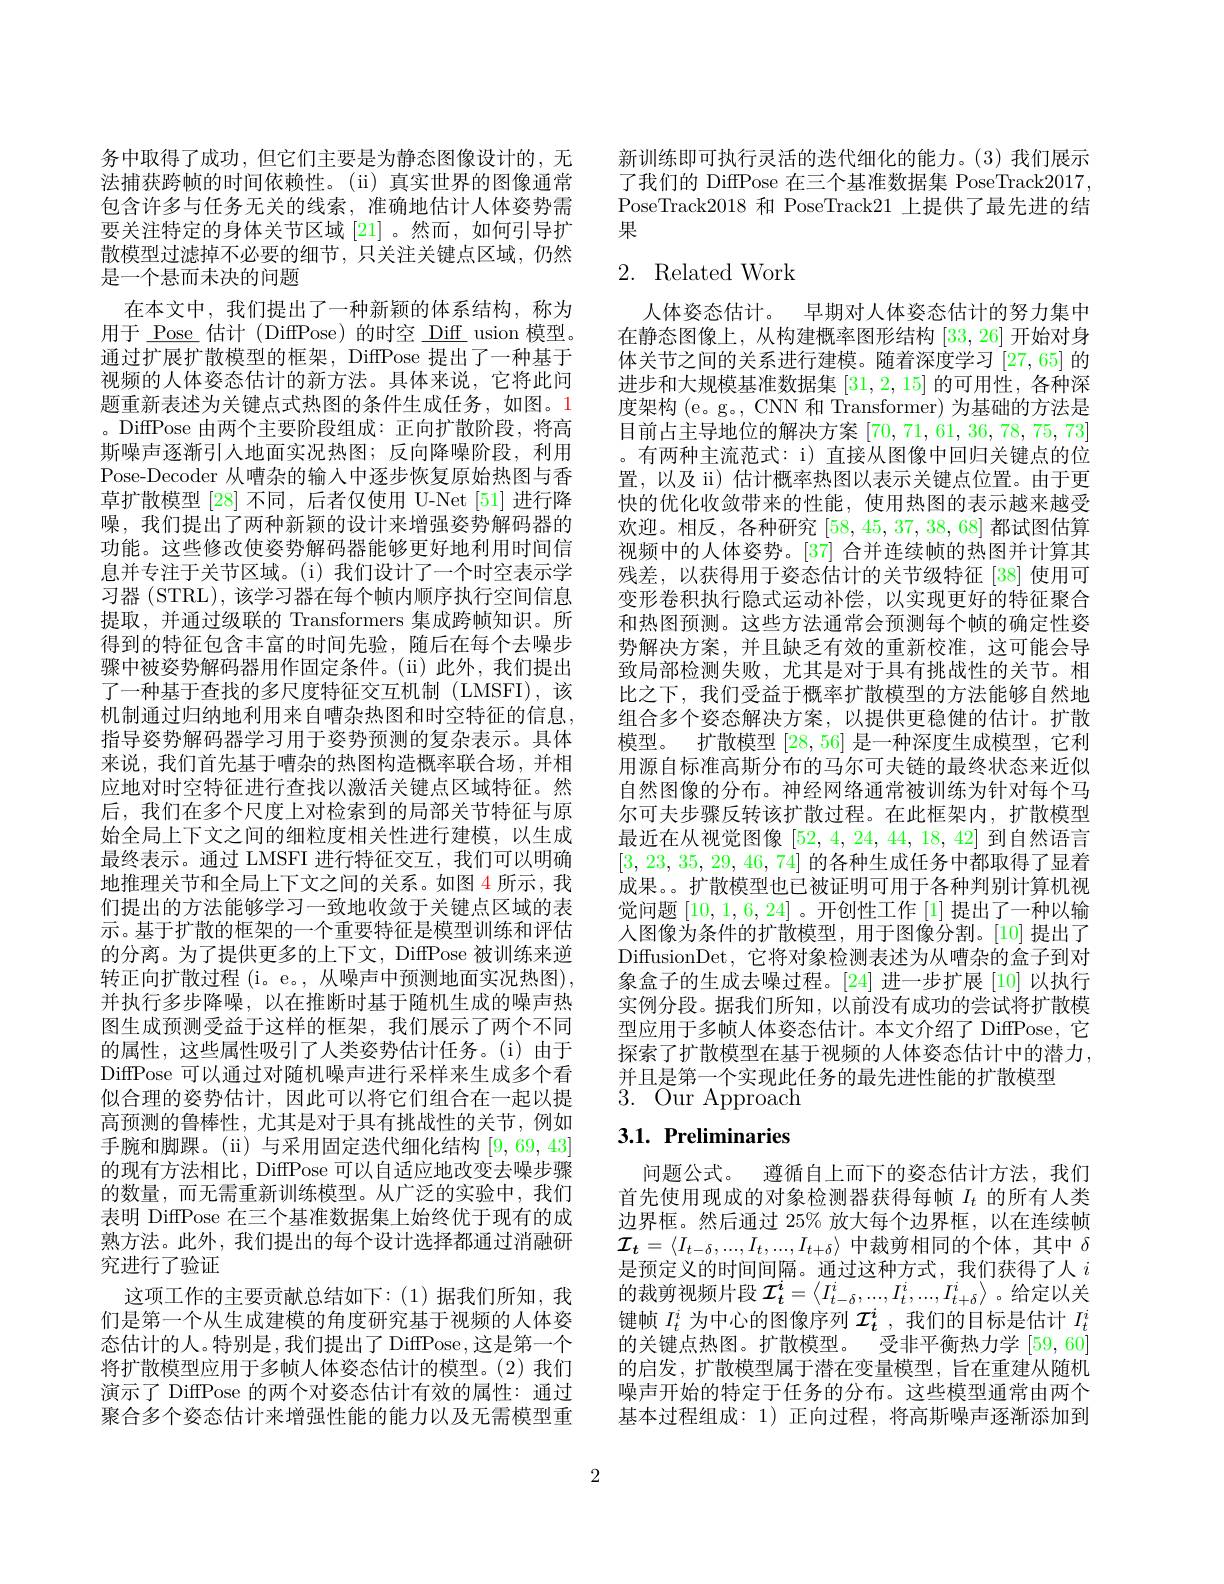
务中取得了成功，但它们主要是为静态图像设计的，无法捕获跨帧的时间依赖性。(ii) 真实世界的图像通常包含许多与任务无关的线索，准确地估计人体姿势需要关注特定的身体关节区域[21] 。然而，如何引导扩散模型过滤掉不必要的细节，只关注关键点区域，仍然是一个悬而未决的问题
在本文中，我们提出了一种新颖的体系结构，称为用于 $\underline{\mathrm{Pose~}}$估计(DiffPose)的时空 Diff usion 模型。通过扩展扩散模型的框架，DiffPose 提出了一种基于视频的人体姿态估计的新方法。具体来说，它将此问题重新表述为关键点式热图的条件生成任务，如图。1 。DiffPose 由两个主要阶段组成：正向扩散阶段，将高斯噪声逐渐引人地面实况热图；反向降噪阶段，利用Pose-Decoder 从嘈杂的输入中逐步恢复原始热图与香草扩散模型[28]不同，后者仅使用 U-Net [51] 进行降噪，我们提出了两种新颖的设计来增强姿势解码器的功能。这些修改使姿势解码器能够更好地利用时间信息并专注于关节区域。(i)我们设计了一个时空表示学习器 (STRL), 该学习器在每个帧内顺序执行空间信息提取，并通过级联的 Transformers 集成跨帧知识。所得到的特征包含丰富的时间先验，随后在每个去噪步骤中被姿势解码器用作固定条件。(ii)此外，我们提出了一种基于查找的多尺度特征交互机制 (LMSFI),该机制通过归纳地利用来自嘈杂热图和时空特征的信息， 指导姿势解码器学习用于姿势预测的复杂表示。具体来说，我们首先基于嘈杂的热图构造概率联合场，并相应地对时空特征进行查找以激活关键点区域特征。然后，我们在多个尺度上对检索到的局部关节特征与原始全局上下文之间的细粒度相关性进行建模，以生成最终表示。通过 LMSFI 进行特征交互，我们可以明确地推理关节和全局上下文之间的关系。如图 4 所示，我们提出的方法能够学习一致地收敛于关键点区域的表示。基于扩散的框架的一个重要特征是模型训练和评估的分离。为了提供更多的上下文，DiffPose 被训练来逆转正向扩散过程 (i。e。, 从噪声中预测地面实况热图), 并执行多步降噪，以在推断时基于随机生成的噪声热图生成预测受益于这样的框架，我们展示了两个不同的属性，这些属性吸引了人类姿势估计任务。(i)由于DiffPose 可以通过对随机噪声进行采样来生成多个看似合理的姿势估计，因此可以将它们组合在一起以提高预测的鲁棒性，尤其是对于具有挑战性的关节，例如手腕和脚踝。(ii) 与采用固定迭代细化结构[9,69,43] 的现有方法相比，DiffPose 可以自适应地改变去噪步骤的数量，而无需重新训练模型。从广泛的实验中，我们表明 DiffPose 在三个基准数据集上始终优于现有的成熟方法。此外，我们提出的每个设计选择都通过消融研究进行了验证
这项工作的主要贡献总结如下：(1)据我们所知，我们是第一个从生成建模的角度研究基于视频的人体姿态估计的人。特别是，我们提出了 DiffPose,这是第一个将扩散模型应用于多帧人体姿态估计的模型。(2) 我们演示了 DiffPose 的两个对姿态估计有效的属性：通过聚合多个姿态估计来增强性能的能力以及无需模型重

新训练即可执行灵活的迭代细化的能力。(3) 我们展示了我们的 DiffPose 在三个基准数据集 PoseTrack2017 PoseTrack2018 和 PoseTrack21 上提供了最先进的结果

## 2. Related Work

人体姿态估计。早期对人体姿态估计的努力集中在静态图像上，从构建概率图形结构[33,26]开始对身体关节之间的关系进行建模。随着深度学习[27,65]的进步和大规模基准数据集[31,2,15]的可用性，各种深度架构 (e。g。, CNN 和 Transformer) 为基础的方法是目前占主导地位的解决方案[70,71,61,36,78,75,73] 。有两种主流范式：i) 直接从图像中回归关键点的位置，以及 ii) 估计概率热图以表示关键点位置。由于更快的优化收敛带来的性能，使用热图的表示越来越受欢迎。相反，各种研究[58,45,37,38,68]都试图估算视频中的人体姿势。[37] 合并连续帧的热图并计算其残差，以获得用于姿态估计的关节级特征[38]使用可变形卷积执行隐式运动补偿，以实现更好的特征聚合和热图预测。这些方法通常会预测每个帧的确定性姿势解决方案，并且缺乏有效的重新校准，这可能会导致局部检测失败，尤其是对于具有挑战性的关节。相比之下，我们受益于概率扩散模型的方法能够自然地组合多个姿态解决方案，以提供更稳健的估计。扩散模型。扩散模型[28,56]是一种深度生成模型，它利用源自标准高斯分布的马尔可夫链的最终状态来近似自然图像的分布。神经网络通常被训练为针对每个马尔可夫步骤反转该扩散过程。在此框架内，扩散模型最近在从视觉图像[52,4,24,44,18,42]到自然语言[3,23,35,29,46,74]的各种生成任务中都取得了显着成果。。扩散模型也已被证明可用于各种判别计算机视觉问题[10,1,6,24] 。开创性工作 [1] 提出了一种以输人图像为条件的扩散模型，用于图像分割。[10]提出了DiffusionDet, 它将对象检测表述为从嘈杂的盒子到对象盒子的生成去噪过程。[24] 进一步扩展[10] 以执行实例分段。据我们所知，以前没有成功的尝试将扩散模型应用于多帧人体姿态估计。本文介绍了 DiffPose,它探索了扩散模型在基于视频的人体姿态估计中的潜力， 并且是第一个实现此任务的最先进性能的扩散模型
3. ${\mathrm{Our~Approach}}$

# 3.1. Preliminaries

问题公式。遵循自上而下的姿态估计方法，我们首先使用现成的对象检测器获得每帧$I_t$的所有人类边界框。然后通过 25% 放大每个边界框，以在连续帧$\mathcal{I}_t=\langle I_{t-\delta},...,I_t,...,I_{t+\delta}\rangle$中裁剪相同的个体，其中$\delta$ 是预定义的时间间隔。通过这种方式，我们获得了人$i$ 的裁剪视频片段$\mathcal{I}_t^i=\left\langle I_{t-\delta}^i,...,I_t^i,...,I_{t+\delta}^i\right\rangle$。给定以关键帧$I_t^i$为中心的图像序列$\mathcal{I}_t^i$ ,我们的目标是估计$I_t^i$ 的关键点热图。扩散模型。受非平衡热力学[59,60] 的启发，扩散模型属于潜在变量模型，旨在重建从随机噪声开始的特定于任务的分布。这些模型通常由两个基本过程组成：1) 正向过程，将高斯噪声逐渐添加到

2